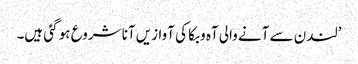
’لندن سے آنے والی آہ و بکا کی آوازیں آنا شروع ہو گئی ہیں۔